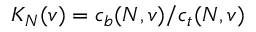
K _ { N } ( v ) = c _ { b } ( N , v ) / c _ { t } ( N , v )